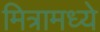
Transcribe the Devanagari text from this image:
मित्रामध्ये